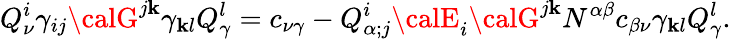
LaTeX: Q_{\nu}^{i}\gamma_{ij}{\calG}^{j\mathbf{k}}\gamma_{\mathbf{k}l}Q_{\gamma}^{l}=c_{\nu\gamma}-Q_{\alpha;j}^{i}{\calE}_{i}{\calG}^{j\mathbf{k}}N^{\alpha\beta}c_{\beta\nu}\gamma_{\mathbf{k}l}Q_{\gamma}^{l}.